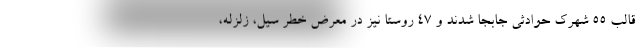
قالب ۵۵ شهرک حوادثی جابجا شدند و ۴۷ روستا نیز در معرض خطر سیل، زلزله،